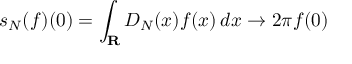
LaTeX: s _ { N } ( f ) ( 0 ) = \int _ { \mathbf { R } } D _ { N } ( x ) f ( x ) \, d x \to 2 \pi f ( 0 )